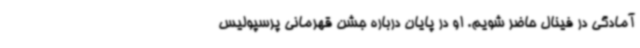
آمادگی در فینال حاضر شویم. او در پایان درباره جشن قهرمانی پرسپولیس